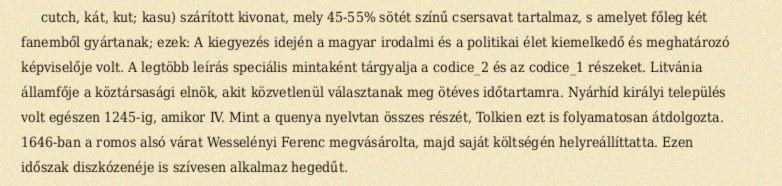
cutch, kát, kut; kasu) szárított kivonat, mely 45-55% sötét színű csersavat tartalmaz, s amelyet főleg két fanemből gyártanak; ezek: A kiegyezés idején a magyar irodalmi és a politikai élet kiemelkedő és meghatározó képviselője volt. A legtöbb leírás speciális mintaként tárgyalja a codice_2 és az codice_1 részeket. Litvánia államfője a köztársasági elnök, akit közvetlenül választanak meg ötéves időtartamra. Nyárhíd királyi település volt egészen 1245-ig, amikor IV. Mint a quenya nyelvtan összes részét, Tolkien ezt is folyamatosan átdolgozta. 1646-ban a romos alsó várat Wesselényi Ferenc megvásárolta, majd saját költségén helyreállíttatta. Ezen időszak diszkózenéje is szívesen alkalmaz hegedűt.